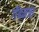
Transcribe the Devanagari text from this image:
गॅबनचा